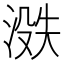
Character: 𪶟